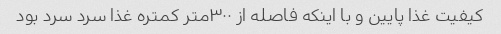
کیفیت غذا پایین و با اینکه فاصله از ۳۰۰متر کمتره غذا سرد سرد بود